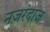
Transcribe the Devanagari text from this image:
नज़रंदाज